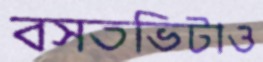
বসতভিটাও